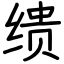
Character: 缋